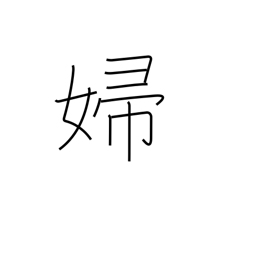
Meaning: bride